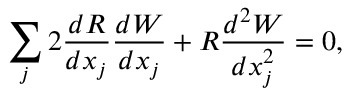
\sum _ { j } 2 \frac { d R } { d x _ { j } } \frac { d W } { d x _ { j } } + R \frac { d ^ { 2 } W } { d x _ { j } ^ { 2 } } = 0 ,